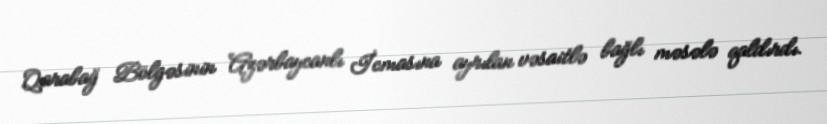
Qarabağ Bölgəsinin Azərbaycanlı İcmasına ayrılan vəsaitlə bağlı məsələ qaldırdı.